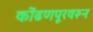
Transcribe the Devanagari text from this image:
कोंढणपूरवरून